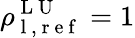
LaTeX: \rho_{\mathrm{~l~},\mathrm{~r~e~f~}}^{\mathrm{~L~U~}}=1